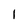
Character: 1